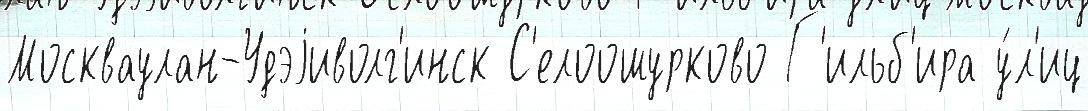
Москваулан-Удэjиволг'инск С'елоошурково Г'ильб'ира у́л'иц